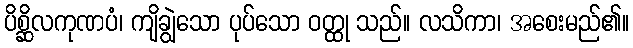
ပိစ္ဆိလကုဏပံ၊ ကျိချွဲသော ပုပ်သော ဝတ္ထု သည်။ လသိကာ၊ အစေးမည်၏။